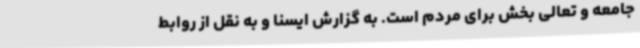
جامعه و تعالی بخش برای مردم است. به گزارش ایسنا و به نقل از روابط